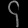
Digit: ၄